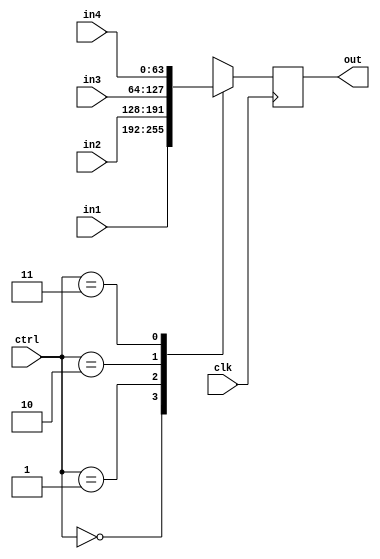
`timescale 1ns / 1ps
//////////////////////////////////////////////////////////////////////////////////
// Company: 
// Engineer: 
// 
// Design Name: 
// Module Name: mux
// Project Name: 
// Target Devices: 
// Tool Versions: 
// Description: 
// 
// Dependencies: 
// 
// Revision:
// Revision 0.01 - File Created
// Additional Comments:
// 
//////////////////////////////////////////////////////////////////////////////////


module mux(
    input clk,
    input [1:0] ctrl,
    input [63:0] in1, in2, in3, in4,
    output reg [63:0] out
);

always @(posedge clk) begin
    case(ctrl)
        2'b00 : out = in1;
        2'b01 : out = in2;
        2'b10 : out = in3;
        2'b11 : out = in4;
    endcase
end

endmodule